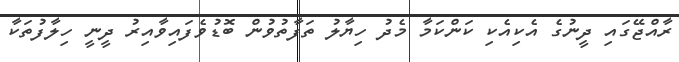
ރާއްޖޭގައި ދީނުގެ އެކިއެކި ކަންކަމާ މެދު ހިޔާލު ތަފާތުވުން ބޮޑުވެފައިވާއިރު ދީނީ ހިލާފުތަކާ